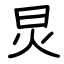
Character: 炅